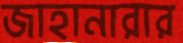
জাহানারার